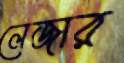
লেজার